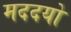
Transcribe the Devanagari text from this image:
मददयो